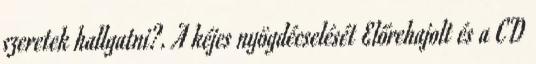
szeretek hallgatni?. A kéjes nyögdécselését Előrehajolt és a CD